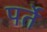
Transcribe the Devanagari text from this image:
पर्ते